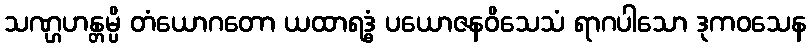
သဏ္ဌဟန္တမ္ပိ တံယောဂတော ယထာရဒ္ဓံ ပယောဇနဝိသေသံ ရာဂပါသော ဒုကဝသေန